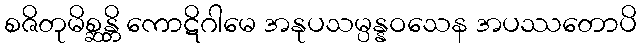
စဇိတုမိစ္ဆန္တိ ကောဋိဂါမေ အနုပသမ္ပန္နဝသေန အပဿတောပိ